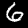
Label: 6